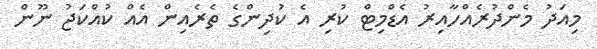
މިއަދު މެންދުރެއްހާއިރު އެޑްމިޓް ކުރި އެ ކުދިންގެ ތެރެއިން އެއް ކުއްކަޖު ނޫން